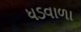
ધડવાળા